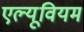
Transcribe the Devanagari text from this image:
एल्यूवियम